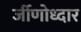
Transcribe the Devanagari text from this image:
र्जीणोध्दार